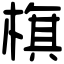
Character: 𣗍